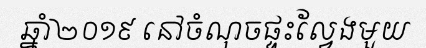
ឆ្នាំ២០១៩ នៅចំណុចផ្ទះល្វែងមួយ